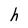
Character: h